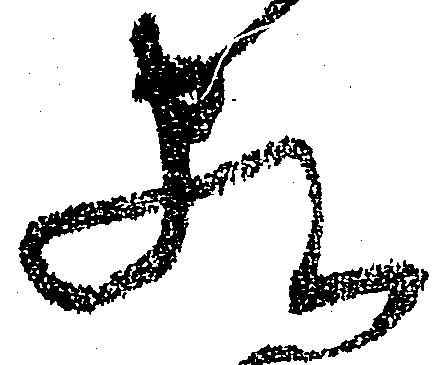
家